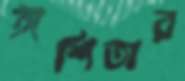
ঈশিতার